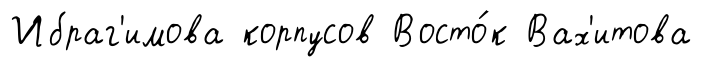
Ибраг'имова корпусов Восто́к Вах'итова